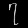
Digit: ၇